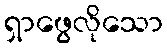
ရှာဖွေလိုသော